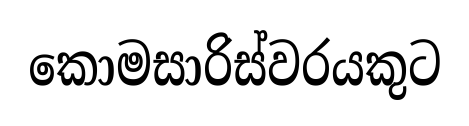
කොමසාරිස්වරයකුට